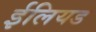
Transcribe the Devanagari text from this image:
ईलियड